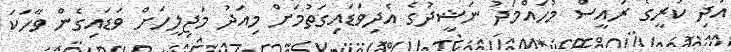
އަދި ކުރީގެ ރައީސް މުހައްމަދު ނަޝީދުގެ އެދިވަޑައިގަތުމަށް މިއަދު މަޖިލީހަށް ވަޑައިގެން ވާހަކަ